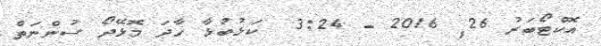
އޮކްޓޯބަރު 26